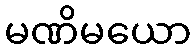
မဏိမယော